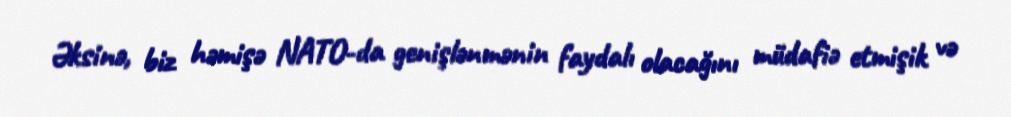
Əksinə, biz həmişə NATO-da genişlənmənin faydalı olacağını müdafiə etmişik və